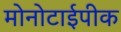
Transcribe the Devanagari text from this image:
मोनोटाईपीक